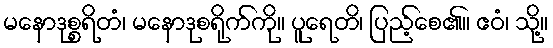
မနောဒုစ္စရိတံ၊ မနောဒုစရိုက်ကို။ ပူရေတိ၊ ပြည့်စေ၏။ ဧဝံ၊ သို့။